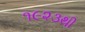
૧૯૨૩થી